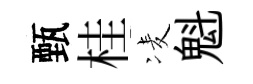
甄桂凌魁